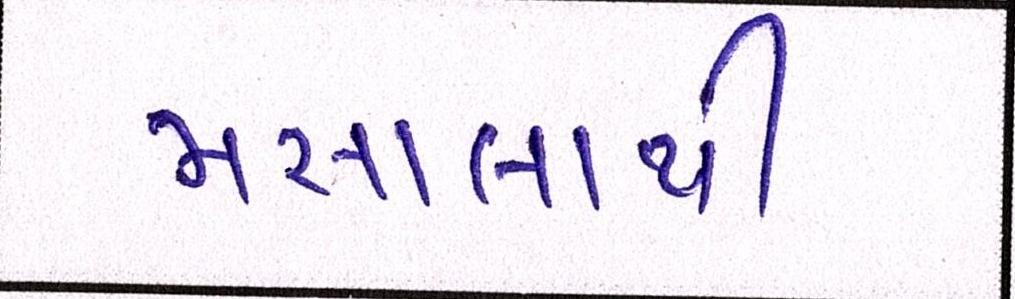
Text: મસાલાથી